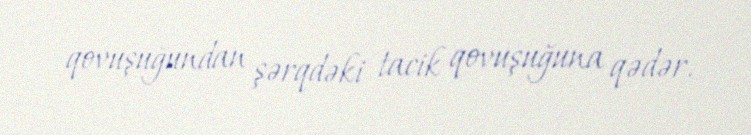
qovuşuğundan şərqdəki tacik qovuşuğuna qədər.